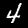
Label: 4